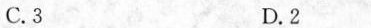
C.3 D.2